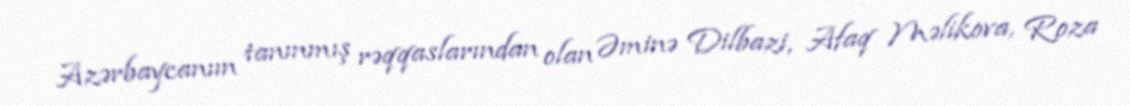
Azərbaycanıın tanınmış rəqqaslarından olan Əminə Dilbazi, Afaq Məlikova, Roza